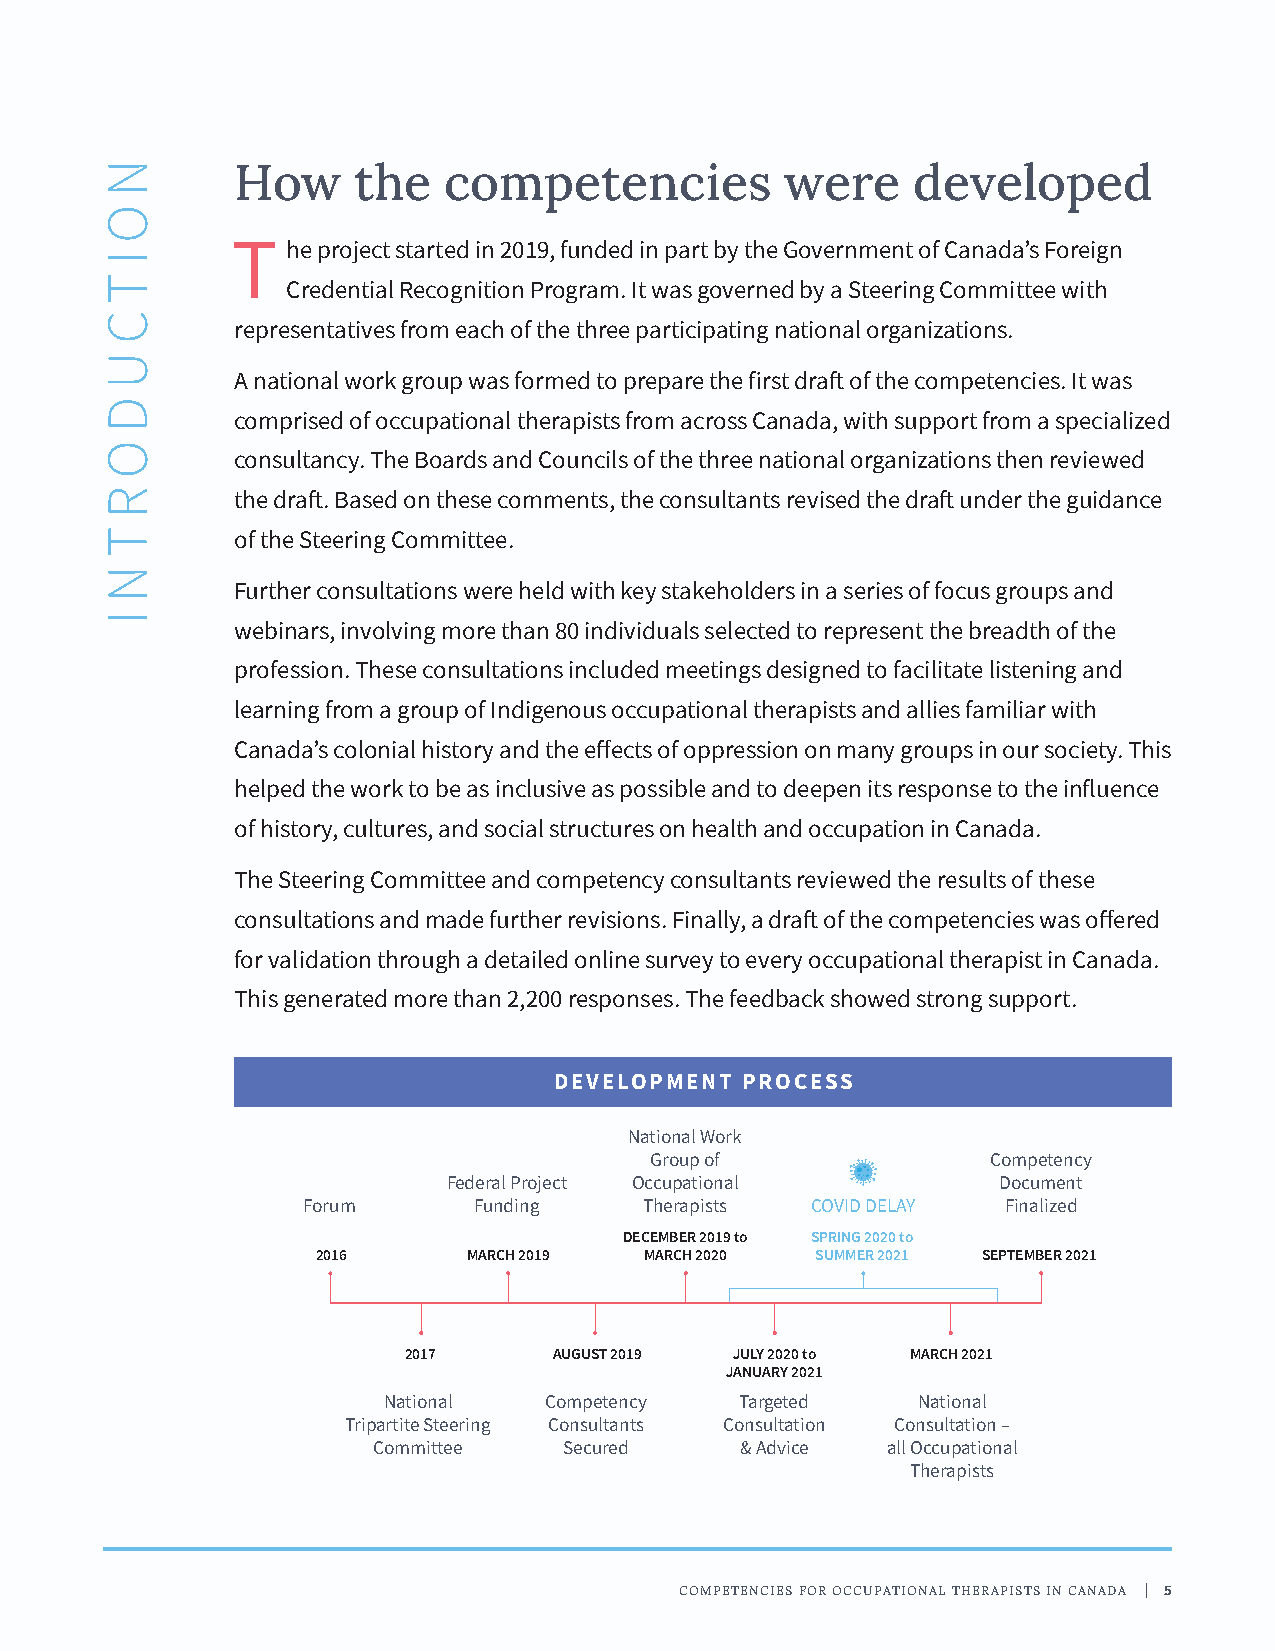
How    the   competencies           were    developed
 T   he project started in 2019, funded in part by the Government of Canada’s Foreign
 Credential Recognition Program. It was governed by a Steering Committee with
 representatives from each of the three participating national organizations.
 A national work group was formed to prepare the first draft of the competencies. It was
 comprised of occupational therapists from across Canada, with support from a specialized
 consultancy. The Boards and Councils of the three national organizations then reviewed
 the draft. Based on these comments, the consultants revised the draft under the guidance
 of the Steering Committee.
 Further consultations were held with key stakeholders in a series of focus groups and
 webinars, involving more than 80 individuals selected to represent the breadth of the
 profession. These consultations included meetings designed to facilitate listening and
 learning from a group of Indigenous occupational therapists and allies familiar with
 Canada’s colonial history and the effects of oppression on many groups in our society. This
 helped the work to be as inclusive as possible and to deepen its response to the influence
 of history, cultures, and social structures on health and occupation in Canada.
 The Steering Committee and competency consultants reviewed the results of these
 consultations and made further revisions. Finally, a draft of the competencies was offered
 for validation through a detailed online survey to every occupational therapist in Canada.
 This generated more than 2,200 responses. The feedback showed strong support.
 DEVELOPMENT PROCESS
 National Work
 Group of               Competency
 Federal Project Occupational        Document
 Forum      Funding     Therapists COVID DELAY  Finalized
 DECEMBER 2019 to SPRING 2020 to
 2016      MARCH 2019  MARCH 2020 SUMMER 2021 SEPTEMBER 2021
 2017      AUGUST 2019 JULY 2020 to MARCH 2021
 JANUARY 2021
 National   Competency   Targeted    National
 Tripartite Steering Consultants Consultation Consultation –
 Committee   Secured     & Advice  all Occupational
 Therapists
 COMPETENCIES FOR OCCUPATIONAL THERAPISTS IN CANADA | 5
 N
 O
 I
 T
 C
 U
 D
 O
 R
 T
 N
 I